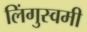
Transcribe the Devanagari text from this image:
लिंगुस्वमी